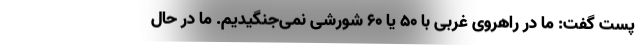
پست گفت: ما در راهروی غربی با 50 یا 60 شورشی نمی‌جنگیدیم. ما در حال